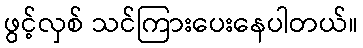
ဖွင့်လှစ် သင်ကြားပေးနေပါတယ်။